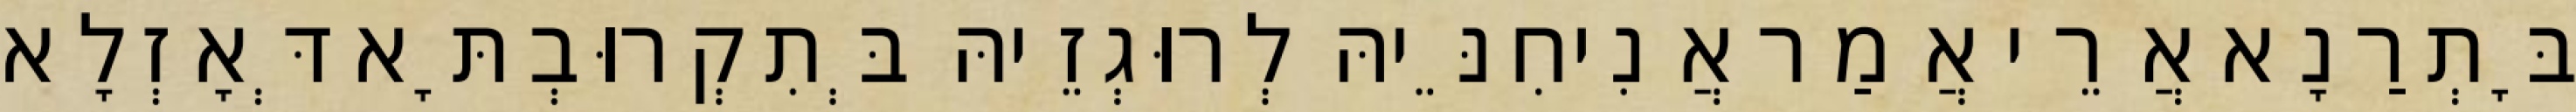
בָּתְרַנָא אֲרֵי אֲמַר אֲנִיחִנֵּיהּ לְרוּגְזֵיהּ בְּתִקְרוּבְתָּא דְּאָזְלָא